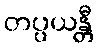
တပ္ပယန္တီ